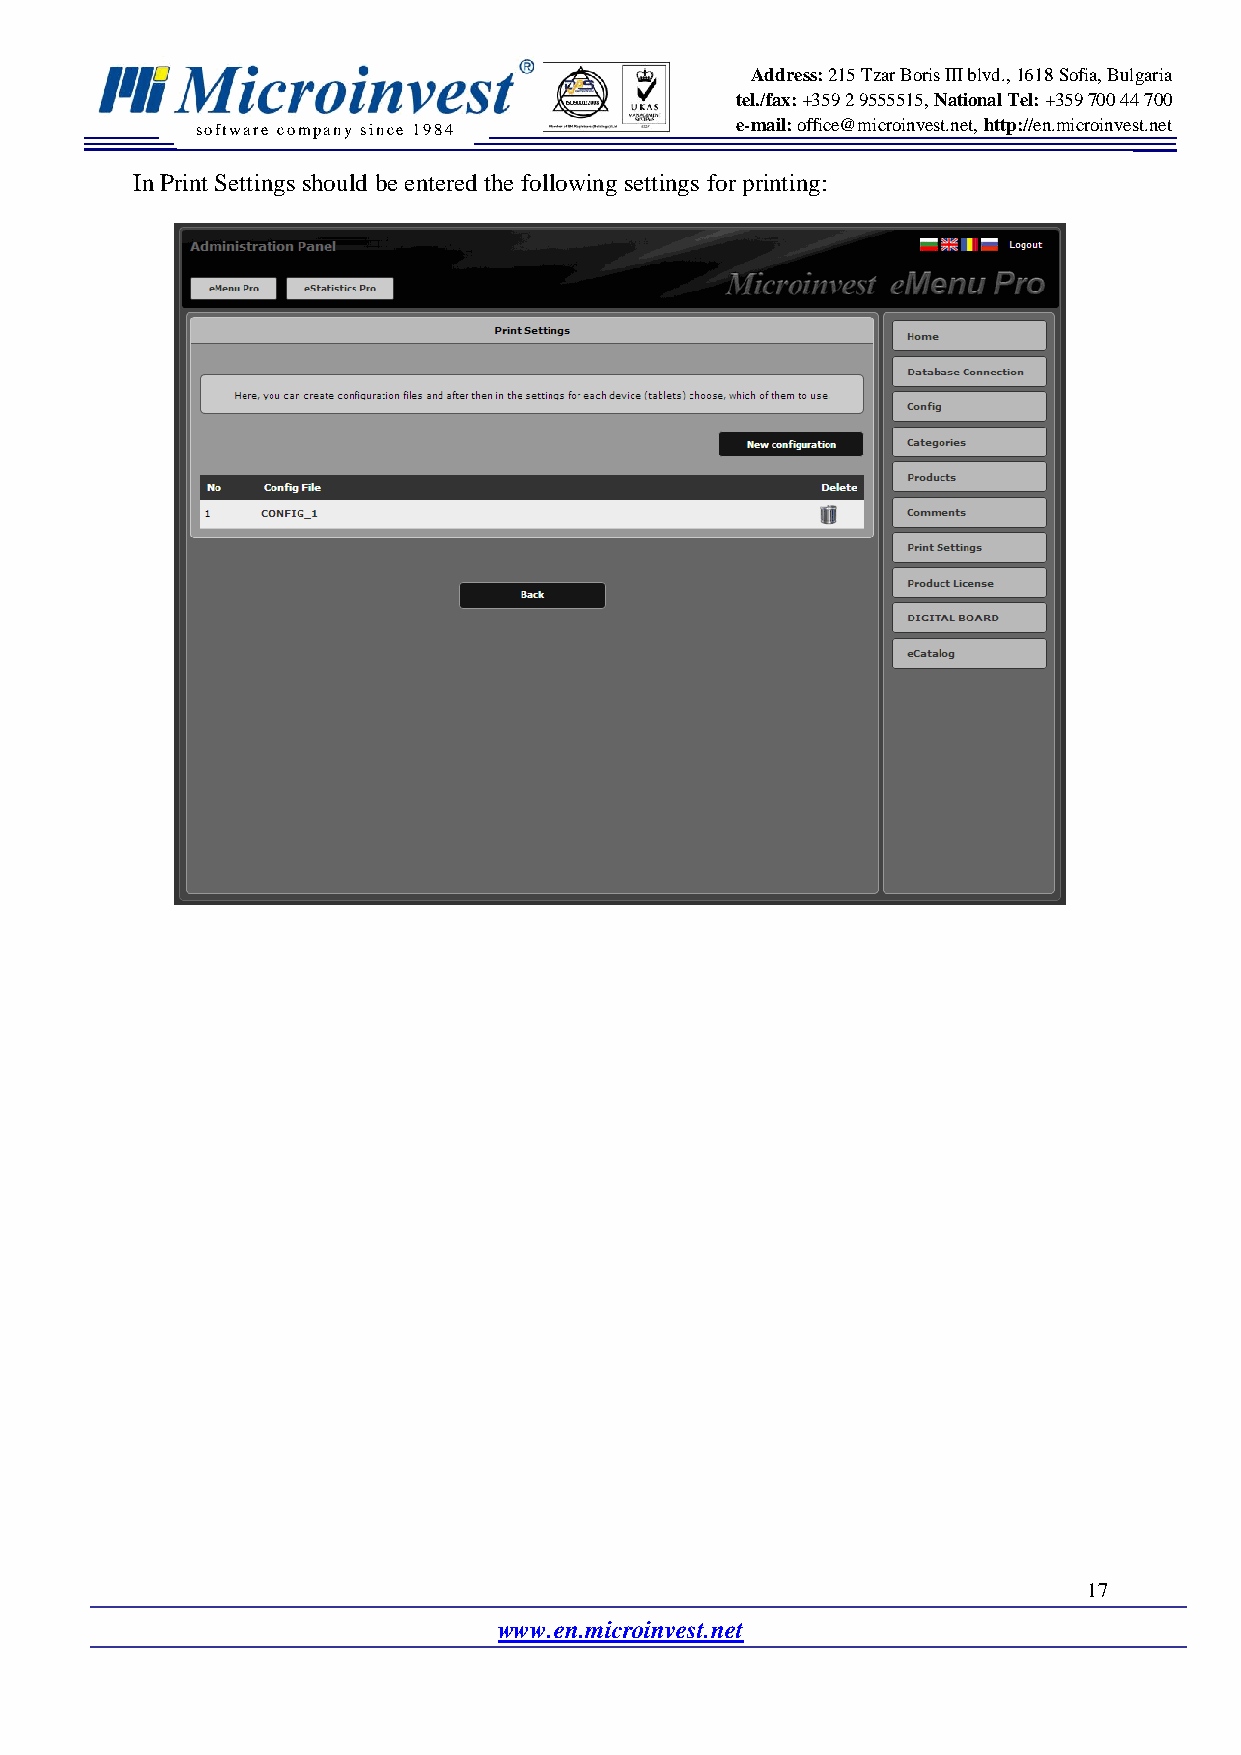
Address: 215 Tzar Boris III blvd., 1618 Sofia, Bulgaria
 tel./fax: +359 2 9555515, National Tel: +359 700 44 700
 software company since 19 84        e-mail: office@microinvest.net, http://en.microinvest.net
 In Print Settings should be entered the following settings for printing:
 17
 www.en.microinvest.net